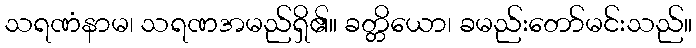
သရဏံနာမ၊ သရဏအမည်ရှိ၏။ ခတ္တိယော၊ ခမည်းတော်မင်းသည်။